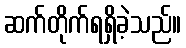
ဆက်တိုက်ရရှိခဲ့သည်။